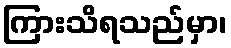
ကြားသိရသည်မှာ၊